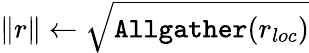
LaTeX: \lVert r\rVert\leftarrow\sqrt{\texttt{Allgather}(r_{loc})}